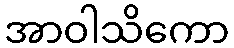
အာဝါသိကော